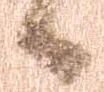
候